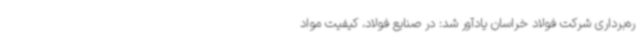
ره‌برداری شرکت فولاد خراسان یادآور شد: در صنایع فولاد، کیفیت مواد